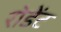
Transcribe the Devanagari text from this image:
रोडेंट